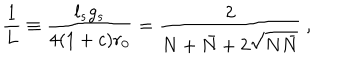
\frac { 1 } { L } \equiv \frac { l _ { s } g _ { s } } { 4 ( 1 + c ) r _ { 0 } } = \frac { 2 } { N + \bar { N } + 2 \sqrt { N \bar { N } } } ~ ,